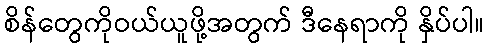
စိန်တွေကိုဝယ်ယူဖို့အတွက် ဒီနေရာကို နှိပ်ပါ။